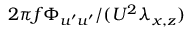
2 \pi f \Phi _ { u ^ { \prime } u ^ { \prime } } / ( U ^ { 2 } \lambda _ { x , z } )